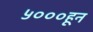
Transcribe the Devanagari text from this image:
५०००हून